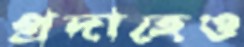
প্রদাহেও